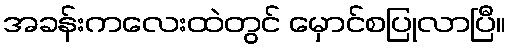
အခန်းကလေးထဲတွင် မှောင်စပြုလာပြီ။